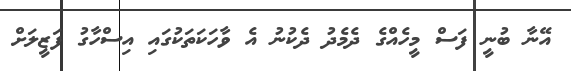
އޭނާ ބުނީ ފަސް މީހެއްގެ ދެމެދު ދެކުނު އެ ވާހަކަތަކުގައި އިސްހާގު ފަޒީލަށް